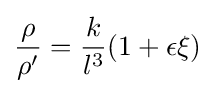
{\frac {\rho }{\rho ^{\prime }}}={\frac {k}{l^{3}}}(1+\epsilon \xi )